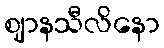
ဈာနသီလိနော